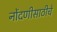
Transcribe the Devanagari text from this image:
नोंदणीसाठीचे